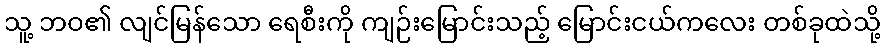
သူ့ ဘဝ၏ လျင်မြန်သော ရေစီးကို ကျဉ်းမြောင်းသည့် မြောင်းငယ်ကလေး တစ်ခုထဲသို့